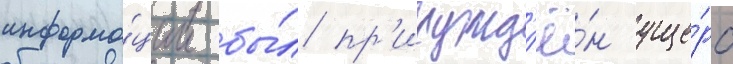
информа́ции бы́л пр'исужд'ё́н уще́рб